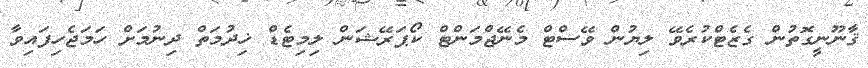
ޤާނޫނީގޮތުން ގެޒެޓްކުރެވޭ ލިޔުން ވޭސްޓް މެނޭޖްމަންޓް ކޯޕަރޭޝަން ލިމިޓެޑް ޚިދުމަތް ދިނުމަށް ހަމަޖެހިފައިވާ